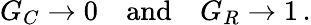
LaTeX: G_{C}\to 0\quad{\mathrm{and}}\quad G_{R}\to 1\, .